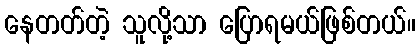
နေတတ်တဲ့ သူလို့သာ ပြောရမယ်ဖြစ်တယ်။